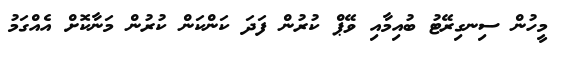
މީހުން ސިނގިރޭޓު ބުއިމާއި ވޭޕް ކުރުން ފަދަ ކަންކަން ކުރުން މަނާކޮށް އެއްގަމު